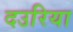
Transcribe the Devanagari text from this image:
दउरिया